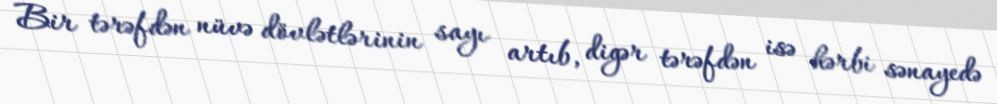
Bir tərəfdən nüvə dövlətlərinin sayı artıb, digər tərəfdən isə hərbi sənayedə